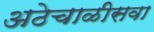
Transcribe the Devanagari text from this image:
अठेचाळीसवा